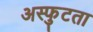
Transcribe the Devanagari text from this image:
अस्फुटता